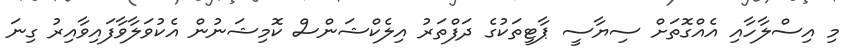
މި އިސްލާހާއި އެއްގޮތަށް ސިޔާސީ ޕާޓީތަކުގެ ދަފްތަރު އިލެކްޝަންސް ކޮމިޝަނުން އެކުވަލާވާފައިވާއިރު ގިނަ